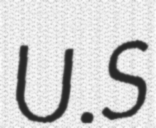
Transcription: U.S